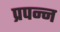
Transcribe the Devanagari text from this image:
प्रपन्न